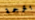
بترجمة